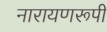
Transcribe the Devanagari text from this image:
नारायणरूपी